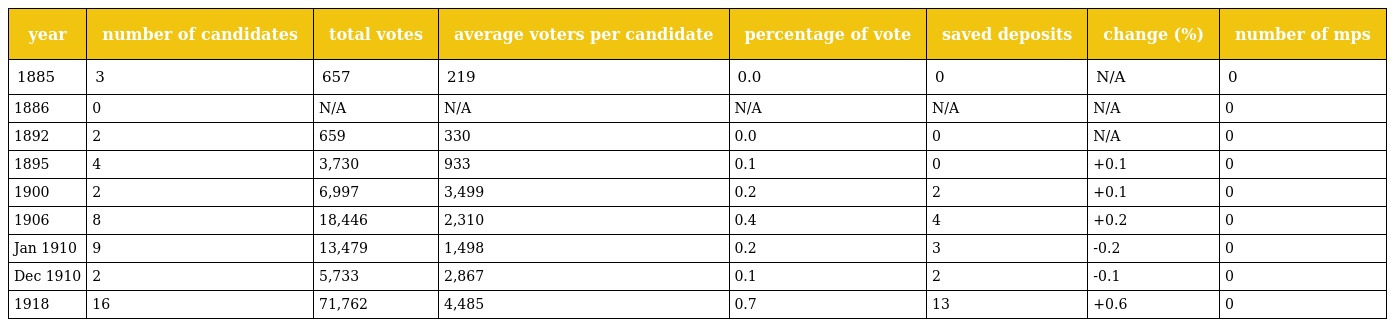
| year | number of candidates | total votes | average voters per candidate | percentage of vote | saved deposits | change (%) | number of mps |
 | --- | --- | --- | --- | --- | --- | --- | --- |
 | 1885 | 3 | 657 | 219 | 0.0 | 0 | N/A | 0 |
 | 1886 | 0 | N/A | N/A | N/A | N/A | N/A | 0 |
 | 1892 | 2 | 659 | 330 | 0.0 | 0 | N/A | 0 |
 | 1895 | 4 | 3,730 | 933 | 0.1 | 0 | +0.1 | 0 |
 | 1900 | 2 | 6,997 | 3,499 | 0.2 | 2 | +0.1 | 0 |
 | 1906 | 8 | 18,446 | 2,310 | 0.4 | 4 | +0.2 | 0 |
 | Jan 1910 | 9 | 13,479 | 1,498 | 0.2 | 3 | -0.2 | 0 |
 | Dec 1910 | 2 | 5,733 | 2,867 | 0.1 | 2 | -0.1 | 0 |
 | 1918 | 16 | 71,762 | 4,485 | 0.7 | 13 | +0.6 | 0 |